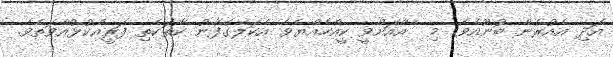
އަދި އެއުރެން ބުނޫއެވެ. މި  އާއަށްވީ ކީއްހެއްޔެވެ އެކަލޭގެފާނު ކާތަކެތި ފަރީއްކުޅުއްވަތެވެ.